Vaccination in Bombay 1924-1928 - 1924-1928
Year: 1924
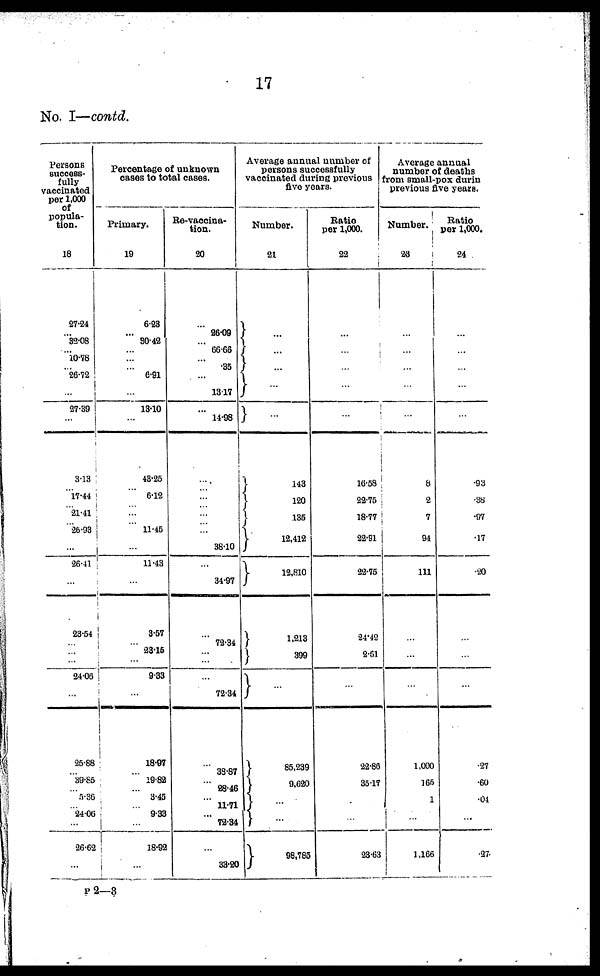
17
No. I—contd.
Persons
success-
fully
vaccinated
per 1,000
of
popula-
tion.
18
27.24
...
32.08
...
10.78
...
26.72
...
27.39
...
313
...
17.44
...
21.41
...
26.93
...
26.41
...
23.54
...
...
...
24.06
...
25.88
...
39.85
...
5.36
...
24.06
...
26.62
...
Percentage of unknown
cases to total cases.
Primary.
19
6.23
...
30.42
...
...
...
6.91
...
13.10
...
43.25
...
6.12
...
...
...
11.46
...
11.43
...
3.57
...
23.15
...
9.33
...
18.97
...
19.82
...
3.45
...
9.33
...
18.92
...
Re-vaccina¬
tion.
20
...
96.09
...
66.66
...
.35
...
13.17
...
14.98
...
...
...
...
...
...
...
38.10
...
34.97
...
72.34
...
...
...
72.34
...
38.87
...
28.46
...
11.71
...
72.34
...
33.20
Average annual number of
persons successfully
vaccinated during previous
five years.
Number.
21
...
...
...
...
...
143
120
135
12,412
12,810
1,213
399
...
85,239
9,620
...
...
98,785
Ratio
per 1,000.
22
...
...
...
...
...
16.58
22.75
18.77
22.91
22.75
24.42
2.61
...
22.86
35.17
...
...
23.63
Average annual
number of deaths
from small-pox durin
previous five years.
Number.
23
...
...
...
...
...
8
2
7
94
111
...
...
...
1,000
165
1
...
1,166
Ratio
per 1,000.
24
...
...
.93
.38
.97
.17
.20
.27
.60
.04
...
.27
P 2—3